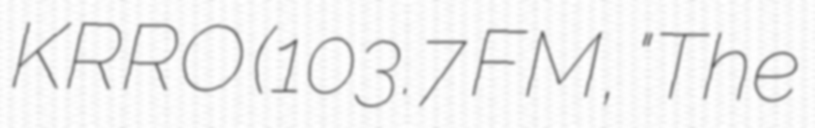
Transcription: KRRO (103.7 FM, "The